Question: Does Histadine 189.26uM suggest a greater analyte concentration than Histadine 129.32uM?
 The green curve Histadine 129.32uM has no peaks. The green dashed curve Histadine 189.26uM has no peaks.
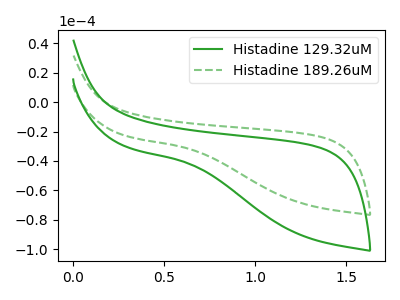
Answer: <think>Neither "Histadine 189.26uM" or "Histadine 129.32uM" have any peaks.
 </think>
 <answer>I cant tell if "Histadine 189.26uM" or "Histadine 129.32uM" has more signal.</answer>
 <eval>mixed_signal</eval>